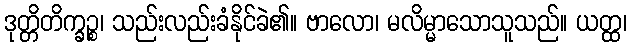
ဒုတ္တိတိက္ခဉ္စ၊ သည်းလည်းခံနိုင်ခဲ၏။ ဗာလော၊ မလိမ္မာသောသူသည်။ ယတ္ထ၊